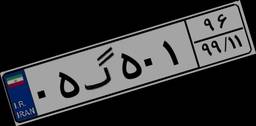
۰۵گ۵۰۱۹۶